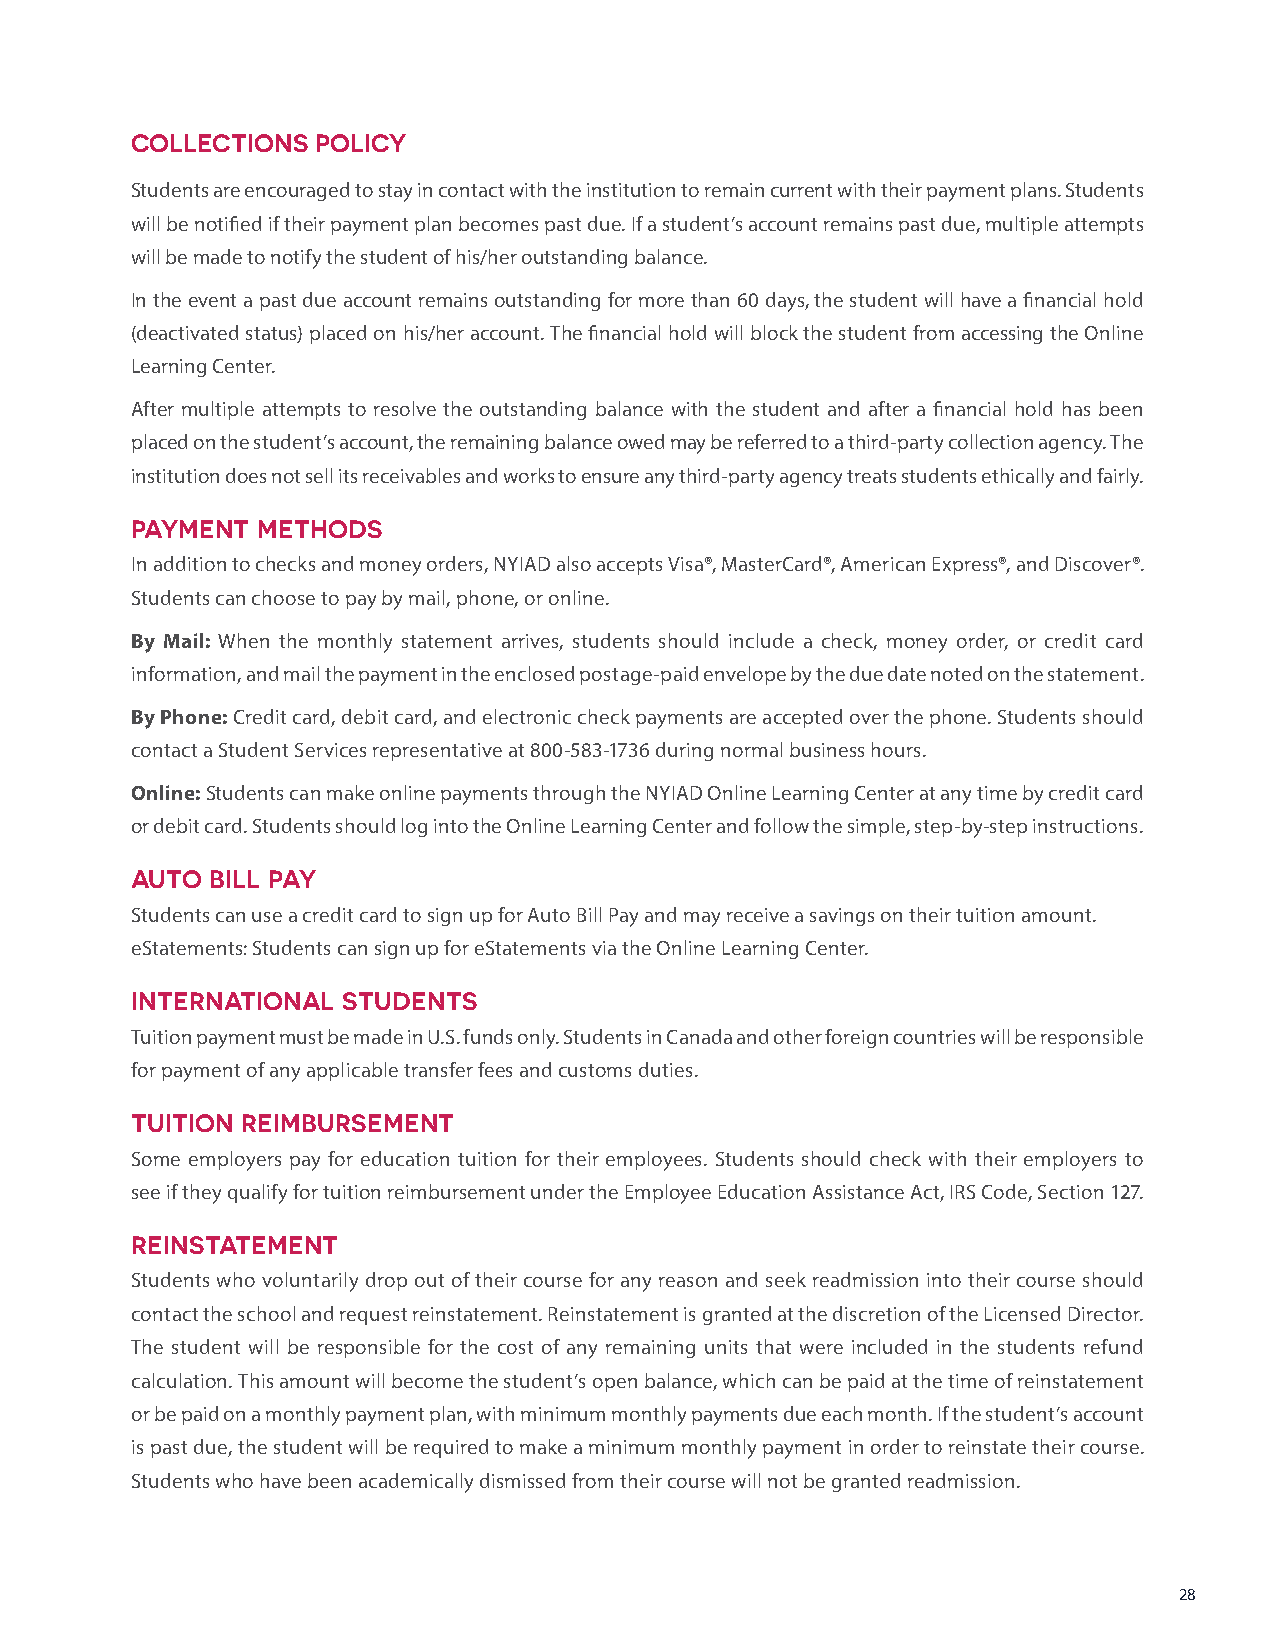
COLLECTIONS POLICY
 Students are encouraged to stay in contact with the institution to remain current with their payment plans. Students
 will be notified if their payment plan becomes past due. If a student’s account remains past due, multiple attempts
 will be made to notify the student of his/her outstanding balance.
 In the event a past due account remains outstanding for more than 60 days, the student will have a financial hold
 (deactivated status) placed on his/her account. The financial hold will block the student from accessing the Online
 Learning Center.
 After multiple attempts to resolve the outstanding balance with the student and after a financial hold has been
 placed on the student’s account, the remaining balance owed may be referred to a third-party collection agency. The
 institution does not sell its receivables and works to ensure any third-party agency treats students ethically and fairly.
 PAYMENT METHODS
 In addition to checks and money orders, NYIAD also accepts Visa®, MasterCard®, American Express®, and Discover®.
 Students can choose to pay by mail, phone, or online.
 By Mail: When the monthly statement arrives, students should include a check, money order, or credit card
 information, and mail the payment in the enclosed postage-paid envelope by the due date noted on the statement.
 By Phone: Credit card, debit card, and electronic check payments are accepted over the phone. Students should
 contact a Student Services representative at 800-583-1736 during normal business hours.
 Online: Students can make online payments through the NYIAD Online Learning Center at any time by credit card
 or debit card. Students should log into the Online Learning Center and follow the simple, step-by-step instructions.
 AUTO BILL PAY
 Students can use a credit card to sign up for Auto Bill Pay and may receive a savings on their tuition amount.
 eStatements: Students can sign up for eStatements via the Online Learning Center.
 INTERNATIONAL STUDENTS
 Tuition payment must be made in U.S. funds only. Students in Canada and other foreign countries will be responsible
 for payment of any applicable transfer fees and customs duties.
 TUITION REIMBURSEMENT
 Some employers pay for education tuition for their employees. Students should check with their employers to
 see if they qualify for tuition reimbursement under the Employee Education Assistance Act, IRS Code, Section 127.
 REINSTATEMENT
 Students who voluntarily drop out of their course for any reason and seek readmission into their course should
 contact the school and request reinstatement. Reinstatement is granted at the discretion of the Licensed Director.
 The student will be responsible for the cost of any remaining units that were included in the students refund
 calculation. This amount will become the student’s open balance, which can be paid at the time of reinstatement
 or be paid on a monthly payment plan, with minimum monthly payments due each month. If the student’s account
 is past due, the student will be required to make a minimum monthly payment in order to reinstate their course.
 Students who have been academically dismissed from their course will not be granted readmission.
 28